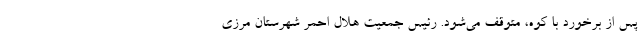
پس از برخورد با کوه، متوقف می‌شود. رئیس جمعیت هلال احمر شهرستان مرزی